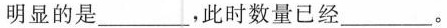
明显的是\underline，此时数量已经\underline。